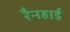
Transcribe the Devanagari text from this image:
रैनहार्ड